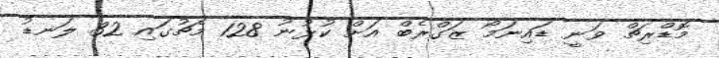
މޮޑްރިޗް ވަނީ ޑައިނަމޯ ޒަގްރެބް އަށް ކުޅުނު 128 މެޗުގައި 32 ލަނޑު